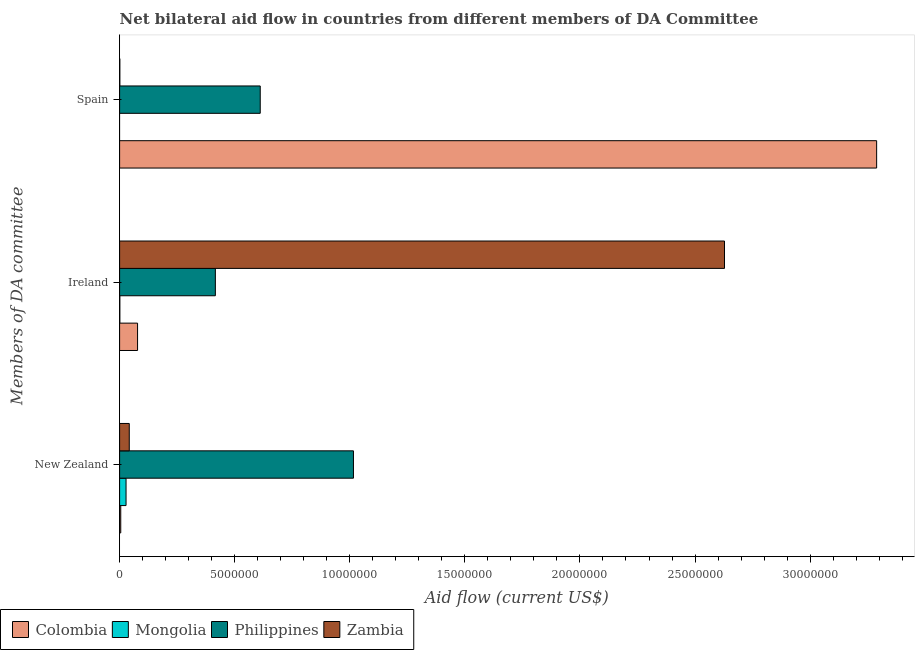
| Members of DA committee | Colombia | Mongolia | Philippines | Zambia |
 | --- | --- | --- | --- | --- |
 | New Zealand | 5e+04 | 2.8e+05 | 1.02e+07 | 4.2e+05 |
 | Ireland | 7.8e+05 | 1e+04 | 4.16e+06 | 2.63e+07 |
 | Spain | 3.29e+07 | -1.18e+06 | 6.11e+06 | 1e+04 |